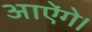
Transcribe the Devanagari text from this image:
आऐंगे।